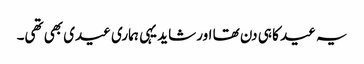
یہ عید کا ہی دن تھا اور شاید یہی ہماری عیدی بھی تھی۔